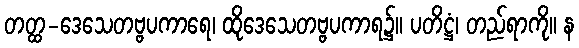
တတ္ထ-ဒေသေတဗ္ဗပကာရေ၊ ထိုဒေသေတဗ္ဗပကာရ၌။ ပတိဋ္ဌံ၊ တည်ရာကို။ န